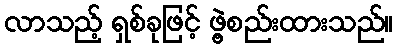
လာသည့် ရှစ်ခုဖြင့် ဖွဲ့စည်းထားသည်။